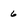
Character: 6